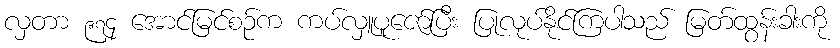
လှတာ ၉၇၄ အောင်မြင်စဉ်က ကပ်လှူပူဇော်ပြီး ပြုလုပ်နိုင်ကြပါသည် မြတ်ထွန်းခါးကို